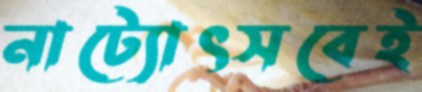
নাট্যোৎসবেই